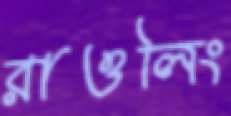
রাওলিং